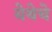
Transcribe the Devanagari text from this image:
येथेचे